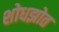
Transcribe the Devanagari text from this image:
शोधझोत